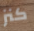
كنز